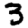
Digit: 3